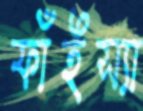
ফাঁইস্যা